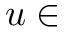
u \in